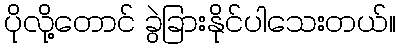
ပိုလို့တောင် ခွဲခြားနိုင်ပါသေးတယ်။